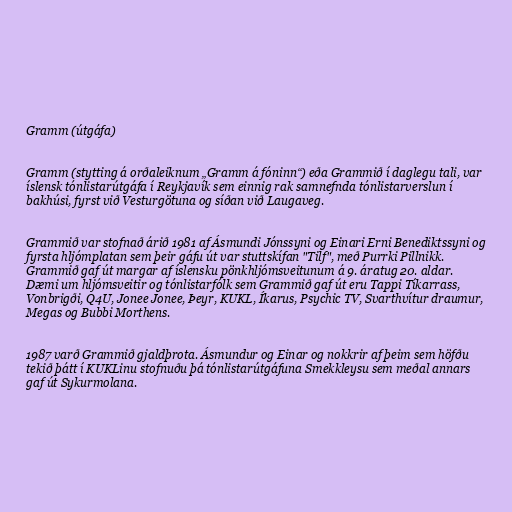
Gramm (útgáfa)

Gramm (stytting á orðaleiknum „Gramm á fóninn“) eða Grammið í daglegu tali, var
íslensk tónlistarútgáfa í Reykjavík sem einnig rak samnefnda tónlistarverslun í
bakhúsi, fyrst við Vesturgötuna og síðan við Laugaveg.

Grammið var stofnað árið 1981 af Ásmundi Jónssyni og Einari Erni Benediktssyni og
fyrsta hljómplatan sem þeir gáfu út var stuttskífan "Tilf", með Purrki Pillnikk.
Grammið gaf út margar af íslensku pönkhljómsveitunum á 9. áratug 20. aldar.
Dæmi um hljómsveitir og tónlistarfólk sem Grammið gaf út eru Tappi Tíkarrass,
Vonbrigði, Q4U, Jonee Jonee, Þeyr, KUKL, Íkarus, Psychic TV, Svarthvítur draumur,
Megas og Bubbi Morthens.

1987 varð Grammið gjaldþrota. Ásmundur og Einar og nokkrir af þeim sem höfðu
tekið þátt í KUKLinu stofnuðu þá tónlistarútgáfuna Smekkleysu sem meðal annars
gaf út Sykurmolana.